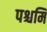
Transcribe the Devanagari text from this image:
पश्चमि